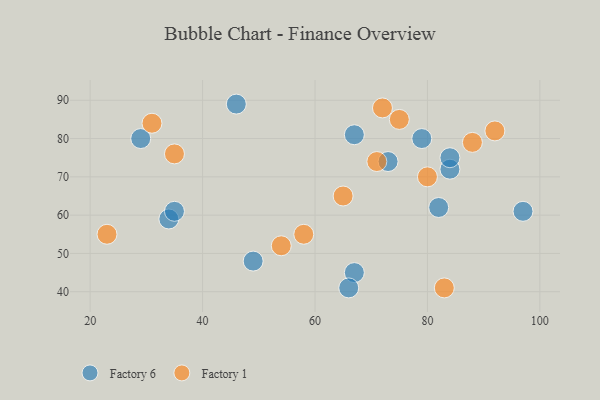
{"axis": {"x": "GDP", "y": "Life Expectancy"}, "legend": ["Factory 1", "Factory 6"], "data": [{"x": "84", "y": 72, "type": "Factory 6"}, {"x": "67", "y": 81, "type": "Factory 6"}, {"x": "73", "y": 74, "type": "Factory 6"}, {"x": "34", "y": 59, "type": "Factory 6"}, {"x": "35", "y": 61, "type": "Factory 6"}, {"x": "67", "y": 45, "type": "Factory 6"}, {"x": "84", "y": 75, "type": "Factory 6"}, {"x": "46", "y": 89, "type": "Factory 6"}, {"x": "29", "y": 80, "type": "Factory 6"}, {"x": "49", "y": 48, "type": "Factory 6"}, {"x": "79", "y": 80, "type": "Factory 6"}, {"x": "66", "y": 41, "type": "Factory 6"}, {"x": "82", "y": 62, "type": "Factory 6"}, {"x": "97", "y": 61, "type": "Factory 6"}, {"x": "54", "y": 52, "type": "Factory 1"}, {"x": "58", "y": 55, "type": "Factory 1"}, {"x": "35", "y": 76, "type": "Factory 1"}, {"x": "80", "y": 70, "type": "Factory 1"}, {"x": "65", "y": 65, "type": "Factory 1"}, {"x": "31", "y": 84, "type": "Factory 1"}, {"x": "71", "y": 74, "type": "Factory 1"}, {"x": "88", "y": 79, "type": "Factory 1"}, {"x": "83", "y": 41, "type": "Factory 1"}, {"x": "72", "y": 88, "type": "Factory 1"}, {"x": "23", "y": 55, "type": "Factory 1"}, {"x": "75", "y": 85, "type": "Factory 1"}, {"x": "92", "y": 82, "type": "Factory 1"}]}